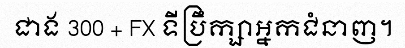
ជាង 300 + FX ទីប្រឹក្សាអ្នកជំនាញ។